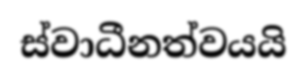
ස්වාධීනත්වයයි